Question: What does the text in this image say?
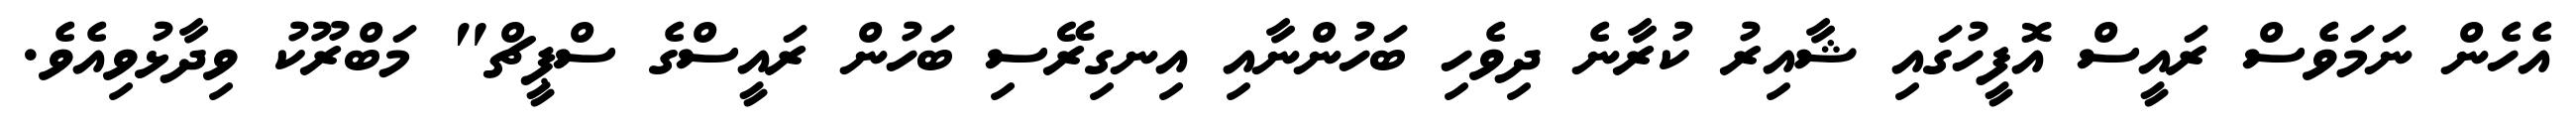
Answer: އެހެން ނަމަވެސް ރައީސް އޮފީހުގައި ޝާއިރު ކުރާނެ ދިވެހި ބަހުންނާއި އިނގިރޭސި ބަހުން ރައީސްގެ ސްޕީޗް" މަބްރޫކު ވިދާޅުވިއެވެ.